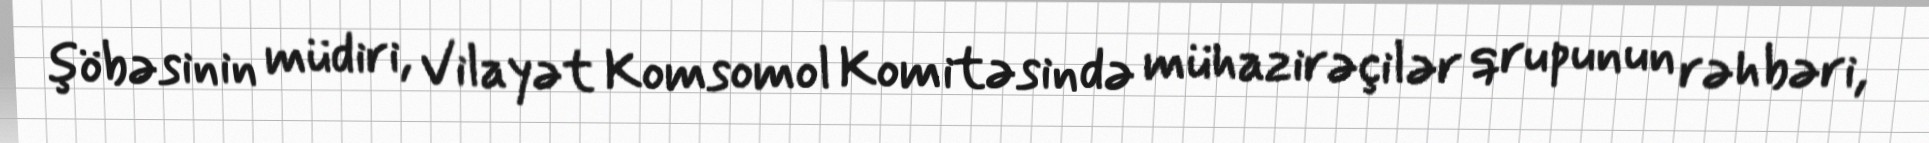
şöbəsinin müdiri, Vilayət Komsomol Komitəsində mühazirəçilər qrupunun rəhbəri,